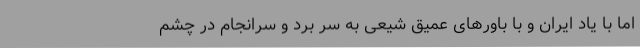
اما با یاد ایران و با باورهای عمیق شیعی به سر برد و سرانجام در چشم